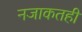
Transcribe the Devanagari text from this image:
नजाकतही